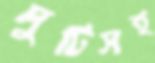
দুটিসহ